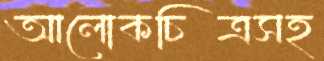
আলোকচিত্রসহ